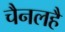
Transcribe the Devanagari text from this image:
चैनलहै